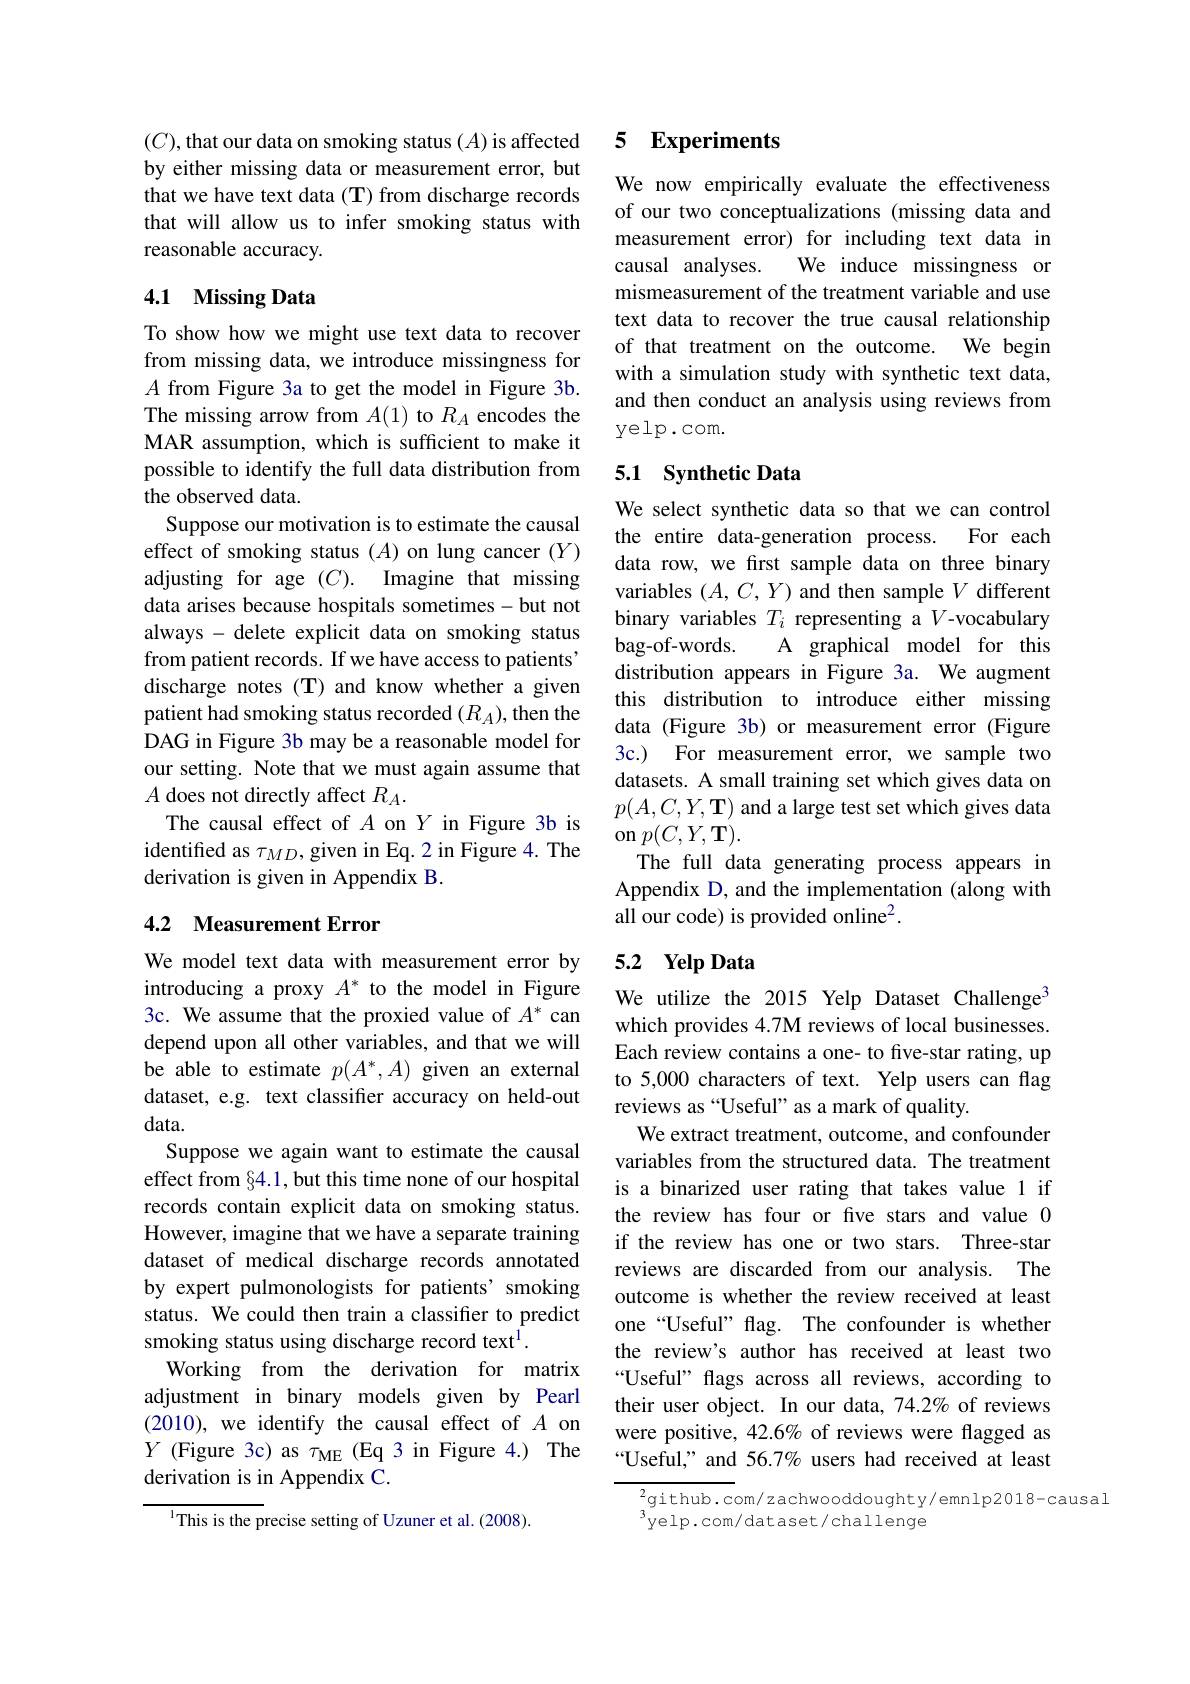
$(C)$,that our data on smoking status $(A)$ is affected by either missing data or measurement error, but that we have text data (T) from discharge records that will allow us to infer smoking status with reasonable accuracy.

### 4.1 Missing Data

To show how we might use text data to recover from missing data, we introduce missingness for $A$ from Figure 3a to get the model in Figure 3b. The missing arrow from $A(1)$ to $R_A$ encodes the MAR assumption, which is sufficient to make it possible to identify the full data distribution from the observed data.
Suppose our motivation is to estimate the causal effect of smoking status $(A)$ on lung cancer $(Y)$ adjusting for age $( C) .$ Imagine that missing data arises because hospitals sometimes-but not always - delete explicit data on smoking status from patient records. If we have access to patients' discharge notes (T) and know whether a given patient had smoking status recorded $(R_A)$,then the DAG in Figure 3b may be a reasonable model for our setting. Note that we must again assume that $A$ does not directly affect $R_A.$
The causal effect of $A$ on $Y$ in Figure 3b is identified as $\tau_{MD}$, given in Eq.2 in Figure 4. The derivation is given in Appendix B.

## 4.2 Measurement Error

We model text data with measurement error by introducing a proxy $A^*$ to the model in Figure 3c. We assume that the proxied value of $A^*$ can depend upon all other variables, and that we will be able to estimate $p(A^*,A)$ given an external dataset, e.g. text classifier accuracy on held-out data.
Suppose we again want to estimate the causal effect from §4.1, but this time none of our hospital records contain explicit data on smoking status. However, imagine that we have a separate training dataset of medical discharge records annotated by expert pulmonologists for patients' smoking status. We could then train a classifier to predict smoking status using discharge record text$^{1}.$
Working from the derivation for matrix adjustment in binary models given by Pearl (2010), we identify the causal effect of $A$ on $Y$ (Figure 3c) as $\tau_\mathrm{ME}$ (Eq 3 in Figure 4.) The derivation is in Appendix C.

$^{1}$This is the precise setting of Uzuner et al. (2008).

### 5 $\mathbf{Experiments}$

We now empirically evaluate the effectiveness of our two conceptualizations (missing data and measurement error) for including text data in causal analyses.
We induce missingness or
mismeasurement of the treatment variable and use text data to recover the true causal relationship of that treatment on the outcome. We begin with a simulation study with synthetic text data, and then conduct an analysis using reviews from yelp. com.

## 5.1 Synthetic Data

We select synthetic data so that we can control
For each
the entire data-generation process.
data row, we first sample data on three binary variables $(A,C,Y)$ and then sample $V$ different binary variables $T_i$ representing a $V$-vocabulary
A graphical model for this
bag- of- words.
distribution appears in Figure 3a. We augment this distribution to introduce either missing data (Figure 3b) or measurement error (Figure 3c.) For measurement error, we sample two datasets. A small training set which gives data on $p(A,C,Y,\mathbf{T})$ and a large test set which gives data $\operatorname{on}_{-}p(C,Y,\mathbf{T}).$
The full data generating process appears in Appendix D, and the implementation (along with all our code) is provided online$^2.$

## 5.2 Yelp Data

We utilize the 2015 Yelp Dataset Challenge$^{3}$ which provides 4.7M reviews of local businesses. Each review contains a one- to five-star rating, up to 5,000 characters of text. Yelp users can flag reviews as“Useful” as a mark of quality.
We extract treatment, outcome, and confounder variables from the structured data. The treatment is a binarized user rating that takes value 1 if the review has four or five stars and value 0 if the review has one or two stars. Three-star reviews are discarded from our analysis. The outcome is whether the review received at least one“Useful” flag. The confounder is whether the review's author has received at least two “Useful” flags across all reviews, according to their user object. In our data, 74.2% of reviews were positive, 42.6% of reviews were flagged as “Useful,” and 56.7% users had received at least

$^{2}$github.com/ zachwooddoughty/emnlp2018-causal
$^{3}$yelp.com/dataset/challenge